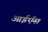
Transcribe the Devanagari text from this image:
आईऍस